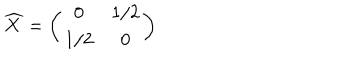
\widehat { X } = \left( \begin{array} { c c } { { 0 } } & { { 1 / 2 } } \\ { { 1 / 2 } } & { { 0 } } \\ \end{array} \right)